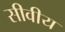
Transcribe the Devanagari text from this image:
सीवीय